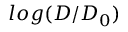
l o g ( D / D _ { 0 } )